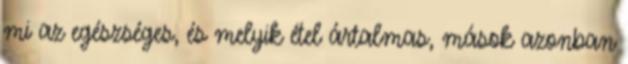
mi az egészséges, és melyik étel ártalmas, mások azonban